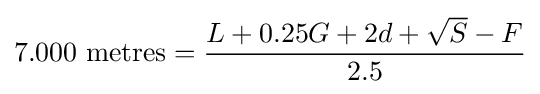
7.000{\mbox{ metres}}={\frac {L+0.25G+2d+{\sqrt {S}}-F}{2.5}}